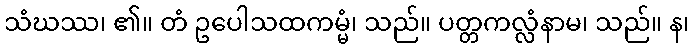
သံဃဿ၊ ၏။ တံ ဥပေါသထကမ္မံ၊ သည်။ ပတ္တကလ္လံနာမ၊ သည်။ န၊